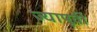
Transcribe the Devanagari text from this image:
ज्यापूर्वी